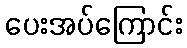
ပေးအပ်ကြောင်း